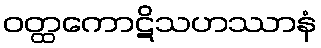
ဝတ္ထကောဋိသဟဿာနံ